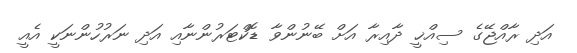
އަދި ރާއްޖޭގެ ސިއްޚީ ދާއިރާ އަށް ބޭނުންވާ ޑޮކްޓަރުންނާއި އަދި ނަރުހުންނަކީ އެއީ